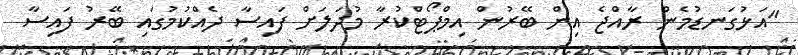
"އަޅުގަނޑުމެން ރާއްޖެ އިން ބޭރުން އިމްޕޯޓްކުރާ މުދަލަށް ފައިސާ ދެއްކުމުގައި ބޭރު ފައިސާ